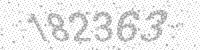
Solution: 182363